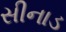
સીનાડ